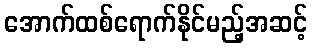
အောက်ထစ်ရောက်နိုင်မည့်အဆင့်